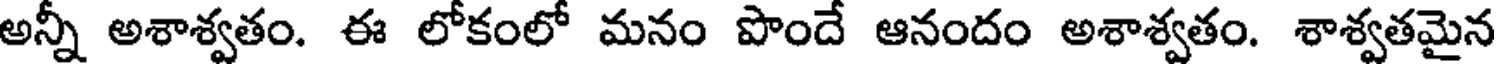
అన్నీ అశాశ్వతం. ఈ లోకంలో మనం పొందే ఆనందం అశాశ్వతం. శాశ్వతమైన